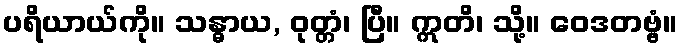
ပရိယာယ်ကို။ သန္ဓာယ, ဝုတ္တံ၊ ပြီ။ ဣတိ၊ သို့။ ဝေဒတဗ္ဗံ။